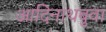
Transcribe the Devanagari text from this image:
आदिनाथबुवा